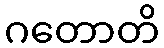
ဂတောတိ